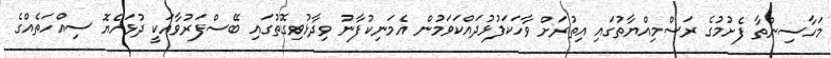
މަހާސިންތާ ފެށުމުގެ ރަސްމިއްޔާތުގައި އިތުރަށް ވާހަކަފުޅުދައްކަވަމުން އެމަނިކުފާނު ވިދާޅުވިގޮތުގައި ބޭސްފަރުވާއަކީ ދުޅަހެޔޮ ސިއްހަތެއްގެ